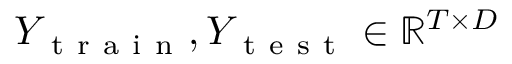
Y _ { \mathrm { ~ t ~ r ~ a ~ i ~ n ~ } } , Y _ { \mathrm { ~ t ~ e ~ s ~ t ~ } } \in \mathbb { R } ^ { T \times D }